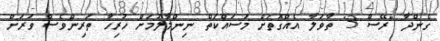
ގެންދާ "ރޭސް 3" ތާވަލާ އެއްގޮތަށް މަސައްކަތް ނިންމާލުމަށް ހުރިހާ ތަރިންވެސް ވަރަށް